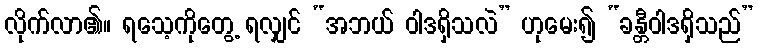
လိုက်လာ၏။ ရသေ့ကိုတွေ့ ရလျှင် “အဘယ် ဝါဒရှိသလဲ” ဟုမေး၍ “ခန္တီဝါဒရှိသည်”